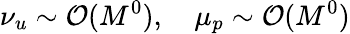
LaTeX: \nu_{u}\sim\mathcal{O}(M^{0}),\quad\mu_{p}\sim\mathcal{O}(M^{0})